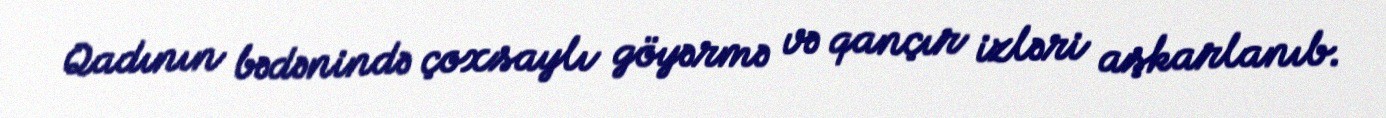
Qadının bədənində çoxsaylı göyərmə və qançır izləri aşkarlanıb.